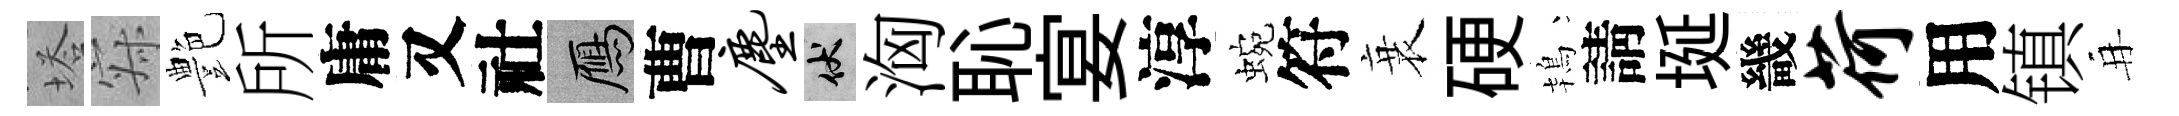
塔寂艶所庸又社鴈曹尘伏洶恥宴淳蜿符衰硬鴇請埏畿荷用镇再